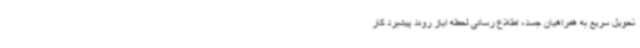
تحویل سریع به همراهیان جسد، اطلاع رسانی لحظه ایاز روند پیشبرد کار